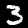
Digit: 3